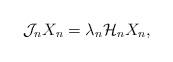
LaTeX: \begin{align*}\mathcal{J}_n X_n = \lambda_n \mathcal{H}_n X_n,\end{align*}